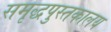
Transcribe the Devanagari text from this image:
समृद्धपुस्तकालय